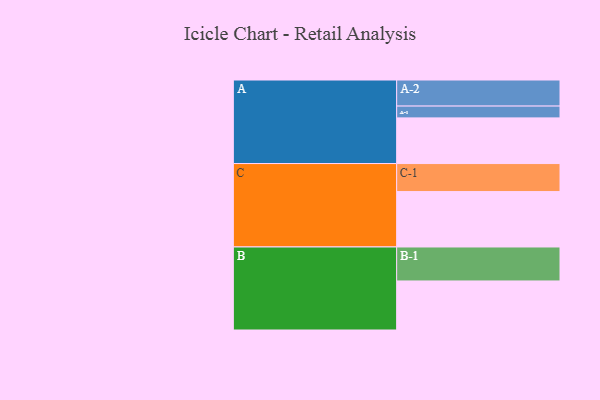
{"axis": {"x": "Segment", "y": "Value"}, "legend": ["", "A", "B", "C"], "data": [{"x": "A", "y": 352, "type": ""}, {"x": "B", "y": 378, "type": ""}, {"x": "C", "y": 427, "type": ""}, {"x": "A-1", "y": 91, "type": "A"}, {"x": "A-2", "y": 201, "type": "A"}, {"x": "B-1", "y": 262, "type": "B"}, {"x": "C-1", "y": 216, "type": "C"}]}